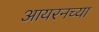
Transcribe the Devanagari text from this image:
आयरनच्या